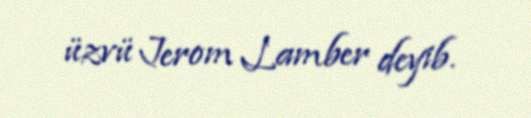
üzvü Jerom Lamber deyib.